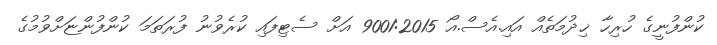
ކުންފުނީގެ ހުރިހާ ޚިދުމަތެއް އައި.އެސް.އޯ 9001:2015 އަށް ސެޓިފައި ކުރެވުނު ފުރަތަމަ ކުންފުންޏަށްވުމުގެ